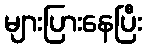
များပြားနေပြီး